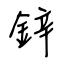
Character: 鋅